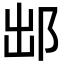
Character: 䢺